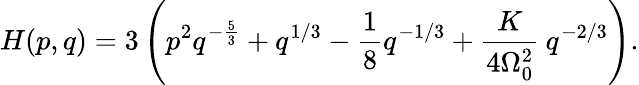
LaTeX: H(p,q)=3\left(p^{2}q^{-\frac{5}{3}}+q^{1/3}-\frac{1}{8}q^{-1/3}+\frac{K}{4\Omega_{0}^{2}}\: q^{-2/3}\right).